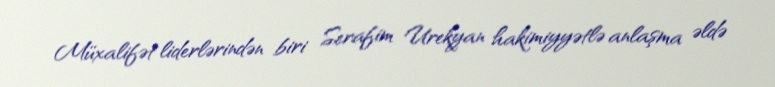
Müxalifət liderlərindən biri Serafim Urekyan hakimiyyətlə anlaşma əldə